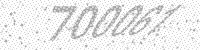
Solution: 700061